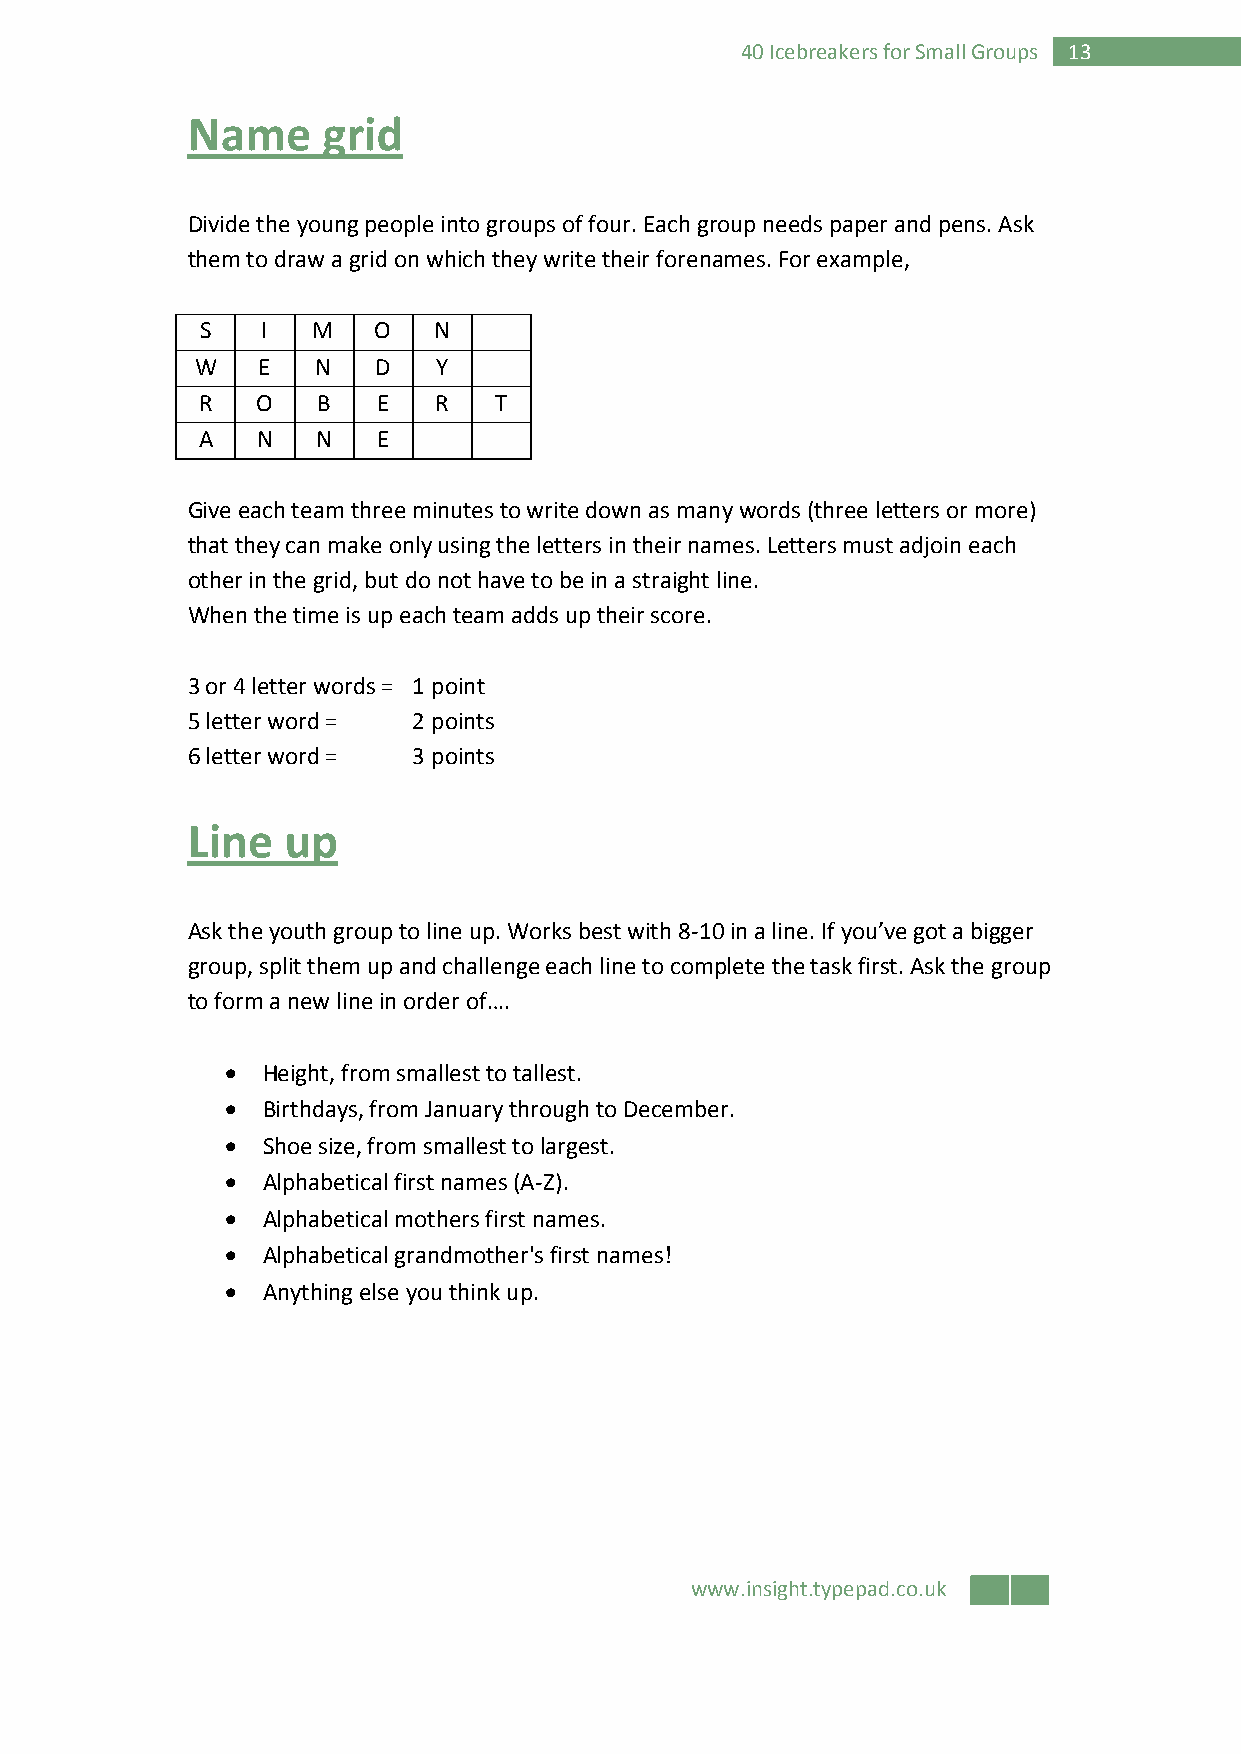
40 Icebreakers for Small Groups 13
 Name     grid
 Divide the young people into groups of four. Each group needs paper and pens. Ask
 them to draw a grid on which they write their forenames. For example,
 S   I   M   O   N
 W   E   N   D   Y
 R   O   B   E   R   T
 A   N   N   E
 Give each team three minutes to write down as many words (three letters or more)
 that they can make only using the letters in their names. Letters must adjoin each
 other in the grid, but do not have to be in a straight line.
 When the time is up each team adds up their score.
 3 or 4 letter words = 1 point
 5 letter word = 2 points
 6 letter word = 3 points
 Line   up
 Ask the youth group to line up. Works best with 8-10 in a line. If you’ve got a bigger
 group, split them up and challenge each line to complete the task first. Ask the group
 to form a new line in order of….
 • Height, from smallest to tallest.
 • Birthdays, from January through to December.
 • Shoe size, from smallest to largest.
 • Alphabetical first names (A-Z).
 • Alphabetical mothers first names.
 • Alphabetical grandmother's first names!
 • Anything else you think up.
 www.insight.typepad.co.uk